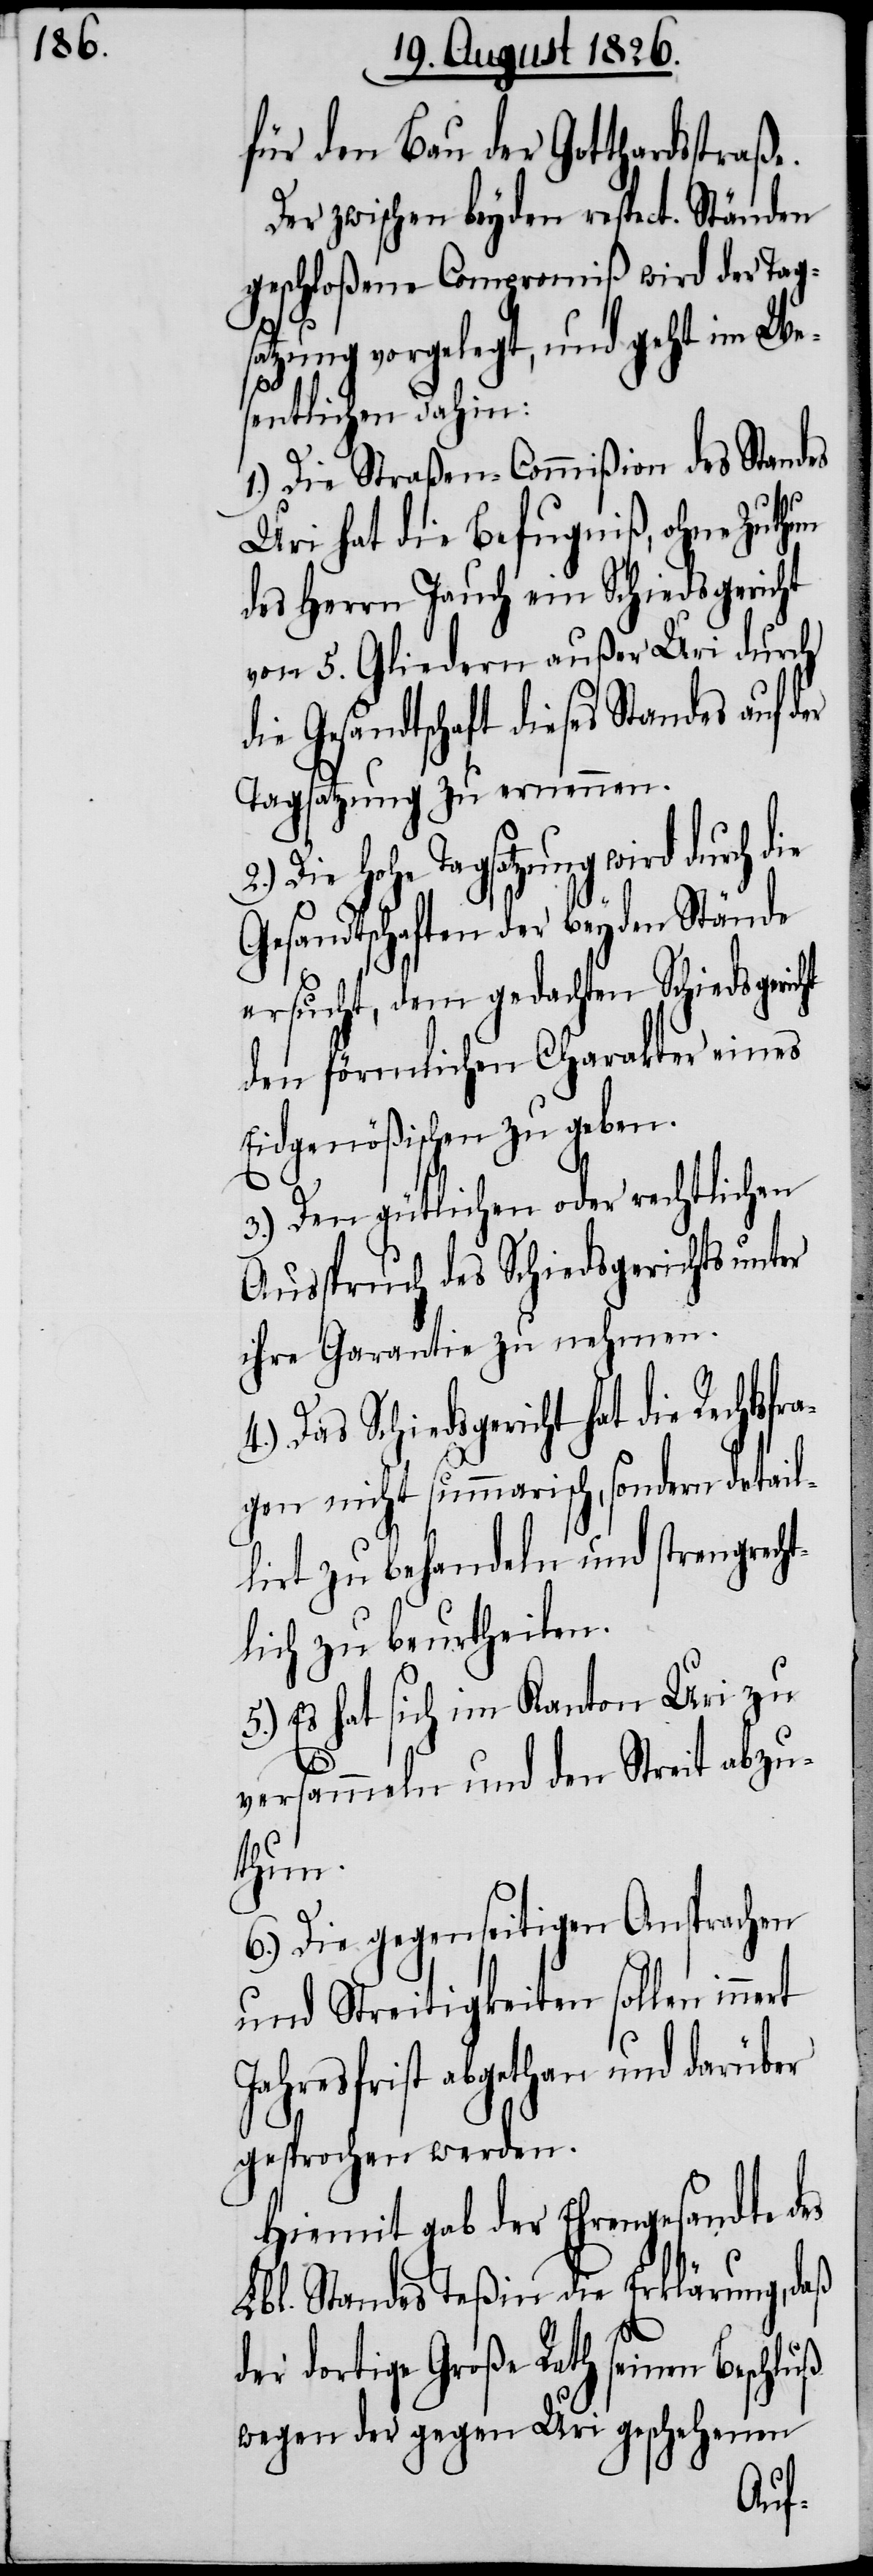
für den Bau der Gotthardstraße.
Der zwischen beyden respect. Ständen
geschloßene Compromiß wird der Tag¬
satzung vorgelegt, und geht im We¬
sentlichen dahin:
1.) Die Straßen-Commißion des Standes
Uri hat die Befugniß, ohne Zuthun
des Herrn Jauch ein Schiedsgericht
von 5. Gliedern außer Uri durch
die Gesandtschaft dieses Standes auf
Tagsatzung zu ernennen.
Die hohe Tagsatzung wird durch
Gesandtschaften der beyden Stände
ersucht, dem gedachten Schiedsgeri¬
den förmlichen Charakter eines
Eidgenößischen zu geben.
3.) Den gütlichen oder rechtlichen
Ausspruch des Schiedsgerichts unter
ihre Garantie zu nehmen.
Das Schiedsgericht hat die Rechtsf¬
gen nicht summarisch, sondern detail¬
liert zu behandeln und strengrecht¬
lich zu beurtheilen.
5.) Es hat sich im Kanton Uri zu
ra¬
versammeln und den Streit abzu¬
thun.
6.) Die gegenseitigen Ansprachen
und Streitigkeiten sollen
Jahresfrist abgethan und darüber
gesprochen werden.
Hiemit gab der Ehrengesandte des
Lbl. Standes Teßin die Erklärung, daß
der dortige Große Rath seinen
wegen der gegen Uri geschehenen